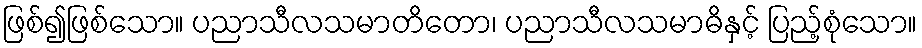
ဖြစ်၍ဖြစ်သော။ ပညာသီလသမာတိတော၊ ပညာသီလသမာဓိနှင့် ပြည့်စုံသော။